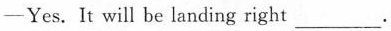
-Yes.It will be landing right___.